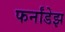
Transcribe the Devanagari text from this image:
फर्नांडेझ